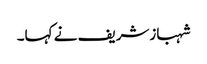
شہبازشریف نے کہا۔